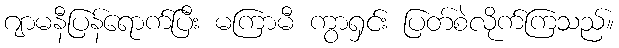
ဂျာမနီပြန်ရောက်ပြီး မကြာမီ ကွာရှင်း ပြတ်စဲလိုက်ကြသည်။